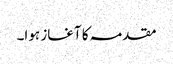
مقدمہ کا آغاز ہوا۔